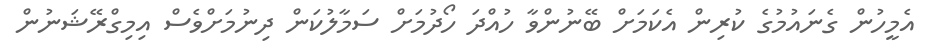
އެމީހުން ގެނައުމުގެ ކުރިން އެކަމަށް ބޭނުންވާ ހުއްދަ ހޯދުމަށް ސަމާލުކަން ދިނުމަށްވެސް އިމިގްރޭޝަނުން